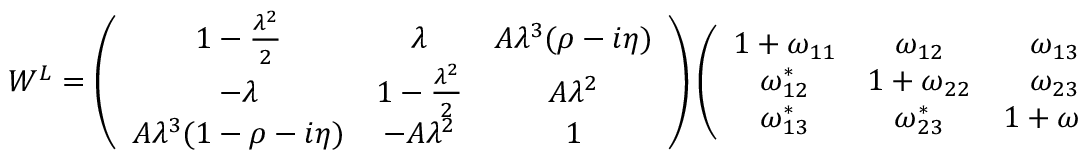
W ^ { L } = \left( \begin{array} { c c c } { { 1 - \frac { \lambda ^ { 2 } } { 2 } } } & { { \lambda } } & { { A \lambda ^ { 3 } ( \rho - i \eta ) } } \\ { { - \lambda } } & { { 1 - \frac { \lambda ^ { 2 } } { 2 } } } & { { A \lambda ^ { 2 } } } \\ { { A \lambda ^ { 3 } ( 1 - \rho - i \eta ) } } & { { - A \lambda ^ { 2 } } } & { { 1 } } \end{array} \right) \left( \begin{array} { c c c } { { 1 + \omega _ { 1 1 } } } & { { \omega _ { 1 2 } } } & { { \omega _ { 1 3 } } } \\ { { \omega _ { 1 2 } ^ { * } } } & { { 1 + \omega _ { 2 2 } } } & { { \omega _ { 2 3 } } } \\ { { \omega _ { 1 3 } ^ { * } } } & { { \omega _ { 2 3 } ^ { * } } } & { { 1 + \omega _ { 3 3 } } } \end{array} \right) \, ,